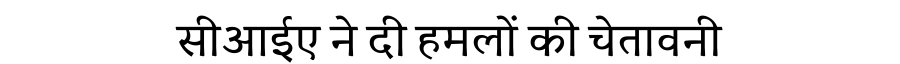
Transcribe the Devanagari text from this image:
सीआईए ने दी हमलों की चेतावनी